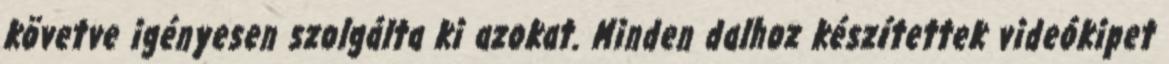
követve igényesen szolgálta ki azokat. Minden dalhoz készítettek videókipet